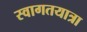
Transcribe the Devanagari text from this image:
स्वागतयात्रा